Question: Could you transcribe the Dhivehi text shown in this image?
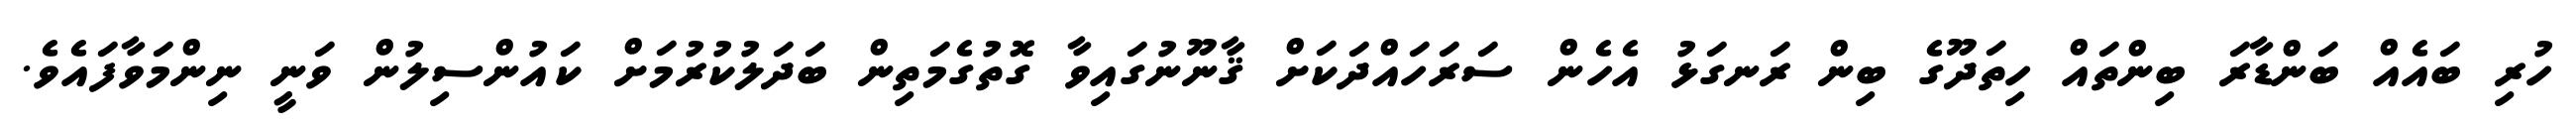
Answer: ހުރި ބައެއް ބަންޑާރަ ބިންތައް ހިތަދޫގެ ބިން ރަނގަޅު އެހެން ސަރަހައްދަކަށް ޤާނޫނުގައިވާ ގޮތުގެމަތިން ބަދަލުކުރުމަށް ކައުންސިލުން ވަނީ ނިންމަވާފައެވެ.